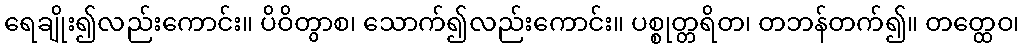
ရေချိုး၍လည်းကောင်း။ ပိဝိတွာစ၊ သောက်၍လည်းကောင်း။ ပစ္စုတ္တရိတ၊ တဘန်တက်၍။ တတ္ထေဝ၊